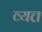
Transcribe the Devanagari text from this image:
व्यत्त